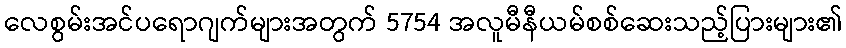
လေစွမ်းအင်ပရောဂျက်များအတွက် 5754 အလူမီနီယမ်စစ်ဆေးသည့်ပြားများ၏